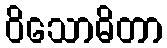
ဝိသောဓိတာ